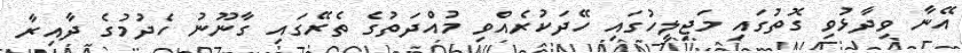
އޭނާ ވިދާޅުވި ގޮތުގައި މަޖިލީހުގައި ހޭދަކުރެއްވި މުއްދަތުގެ ތެރޭގައި ގާނޫނު ހެދުމުގެ ދާއިރާ